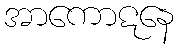
အာကောဋနေ